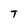
Character: T